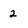
Character: 2